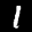
Label: 1